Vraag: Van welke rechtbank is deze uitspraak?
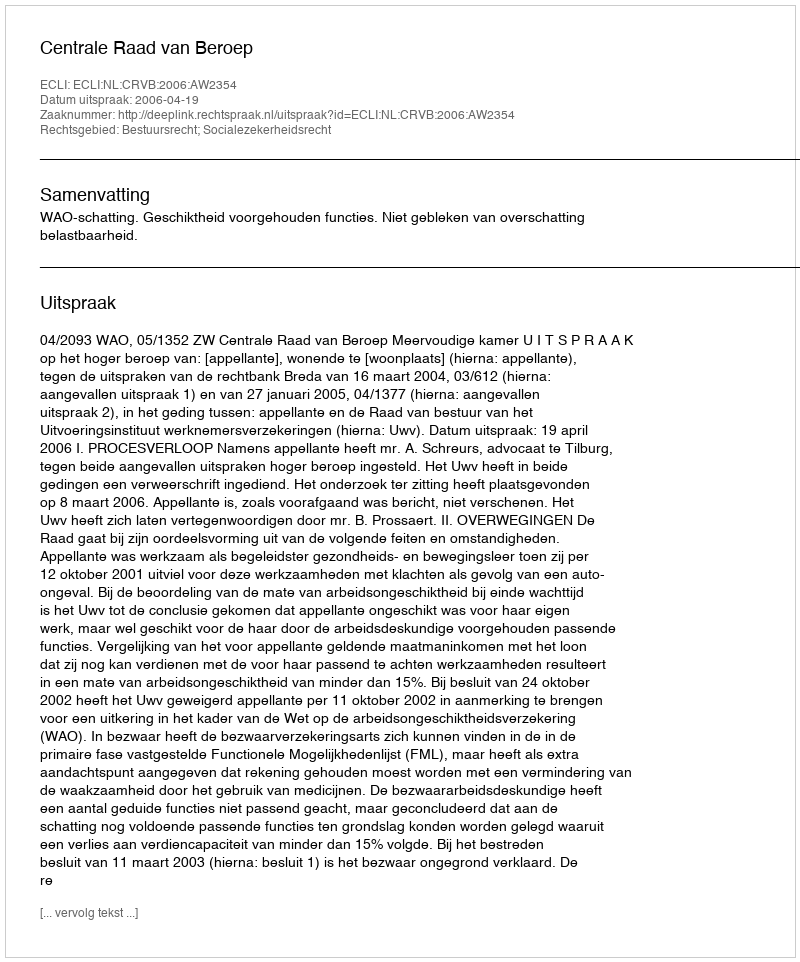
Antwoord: Centrale Raad van Beroep